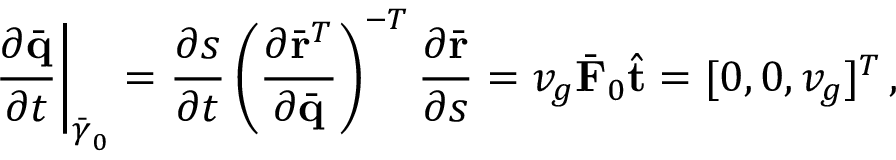
\left. \frac { \partial \bar { \bf q } } { \partial t } \right| _ { \bar { \boldsymbol { \gamma } } _ { 0 } } = \frac { \partial s } { \partial t } \left( \frac { \partial \bar { \bf r } ^ { T } } { \partial \bar { \bf q } } \right) ^ { - T } \frac { \partial \bar { \bf r } } { \partial s } = v _ { g } \bar { \bf F } _ { 0 } \hat { \bf t } = [ 0 , 0 , v _ { g } ] ^ { T } \, ,